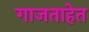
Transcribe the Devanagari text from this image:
गाजताहेत